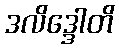
ဒလိဒ္ဒေါတိ